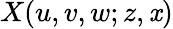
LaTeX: X(u,v,w;z,\mathit{x})